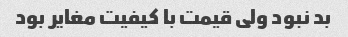
بد نبود ولی قیمت با کیفیت مغایر بود